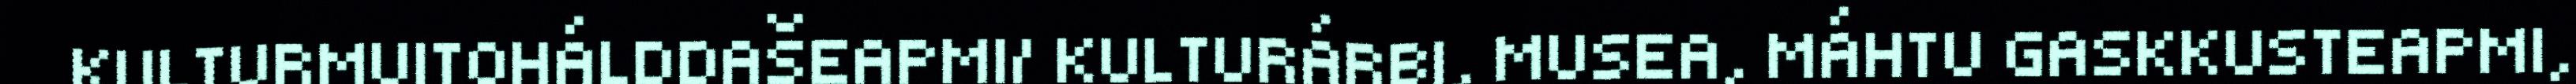
KULTURMUITOHÁLDDAŠEAPMI/ KULTURÁRBI, MUSEA, MÁHTU GASKKUSTEAPMI,